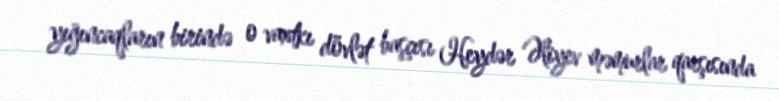
yığıncaqların birində o vaxtkı dövlət başçısı Heydər Əliyev məmurlar qarşısında